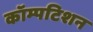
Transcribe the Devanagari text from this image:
कॉम्पटिशन